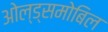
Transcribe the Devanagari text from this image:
ओल्ड्समोबिल